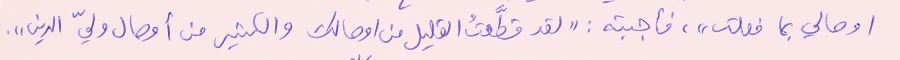
اوصالي بما فعلت"، فأجبته : "لقد قطَّعتُ القليل من اوصالك والكثير من أوصال وليّ الدين".